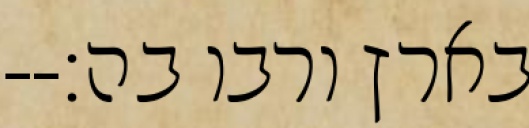
בארץ ורבו בה׃--